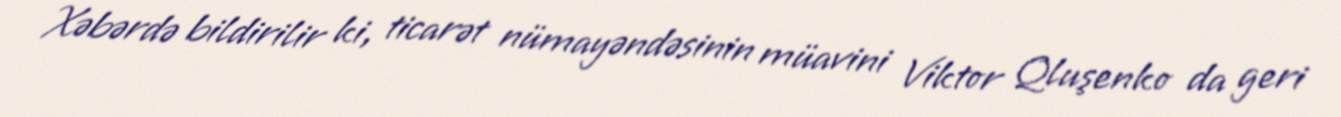
Xəbərdə bildirilir ki, ticarət nümayəndəsinin müavini Viktor Qluşenko da geri